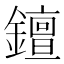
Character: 𨭖